Vaccination in Burma 1900-1911 - 1900-1911
Year: 1900
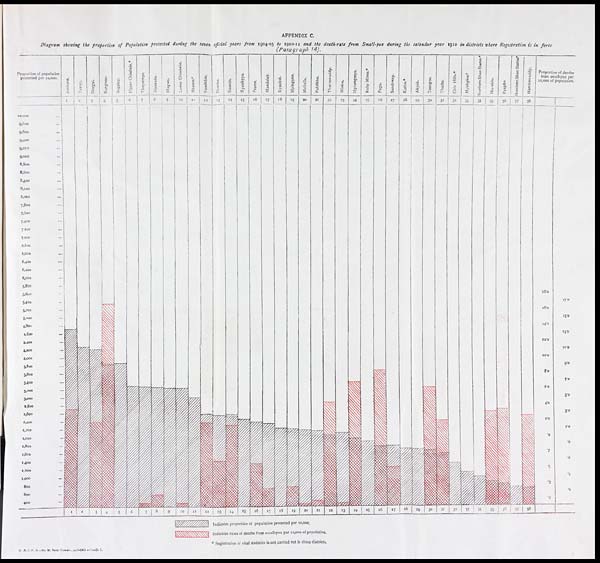
APPENDIX C.
Diagram showing the proportion of Population protected during the seven official years from 1904-05 to 1910-11 and the death-rate from Small-pox during the calendar year 1910 in districts where Registration is in force
(Paragraph 14).